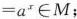
= a^{ x } \in M$$；